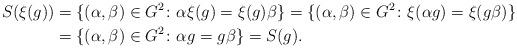
LaTeX: \begin{align*}S(\xi(g)) &= \{(\alpha, \beta) \in G^2\colon \alpha \xi(g) = \xi(g) \beta\} = \{(\alpha, \beta) \in G^2\colon \xi (\alpha g) = \xi(g\beta)\}\\ &= \{(\alpha, \beta) \in G^2\colon \alpha g = g\beta\} = S(g).\end{align*}